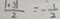
\frac { \vert \cdot 2 \vert } { 2 } = - \frac { 1 } { 2 }